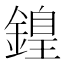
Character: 𨪽